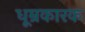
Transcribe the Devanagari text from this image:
धूम्रकारक